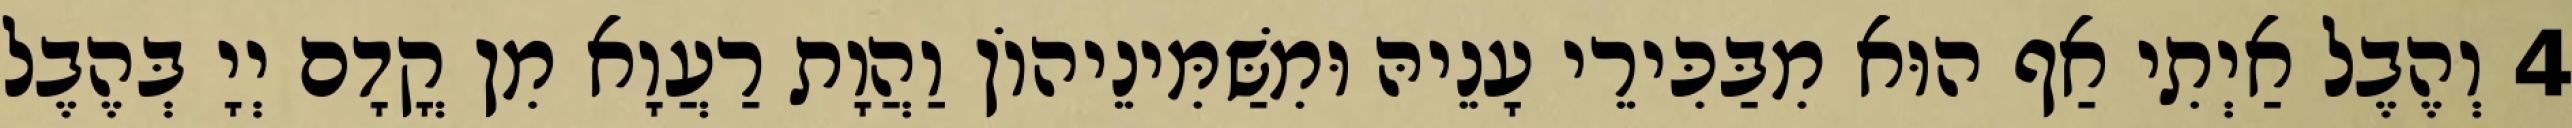
4 וְהֶבֶל אַיְתִי אַף הוּא מִבַּכִּירֵי עָנֵיהּ וּמִשַּׁמִּינֵיהוֹן וַהֲוָת רַעֲוָא מִן קֳדָם יְיָ בְּהֶבֶל